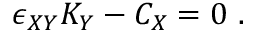
\epsilon _ { X Y } K _ { Y } - C _ { X } = 0 ~ .